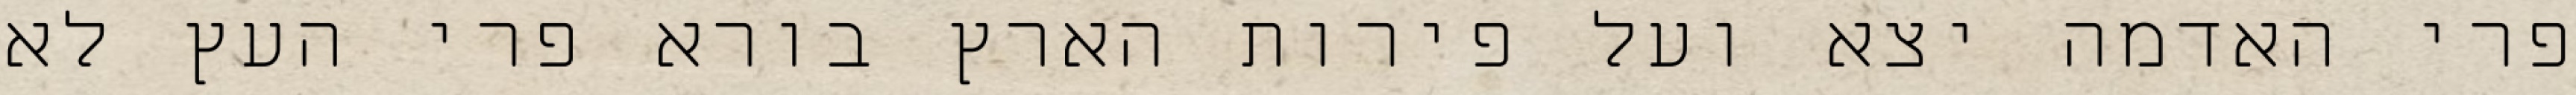
פרי האדמה יצא ועל פירות הארץ בורא פרי העץ לא